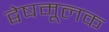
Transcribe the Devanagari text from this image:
द्वेषमूलक